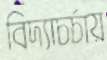
বিদ্যাচর্চায়